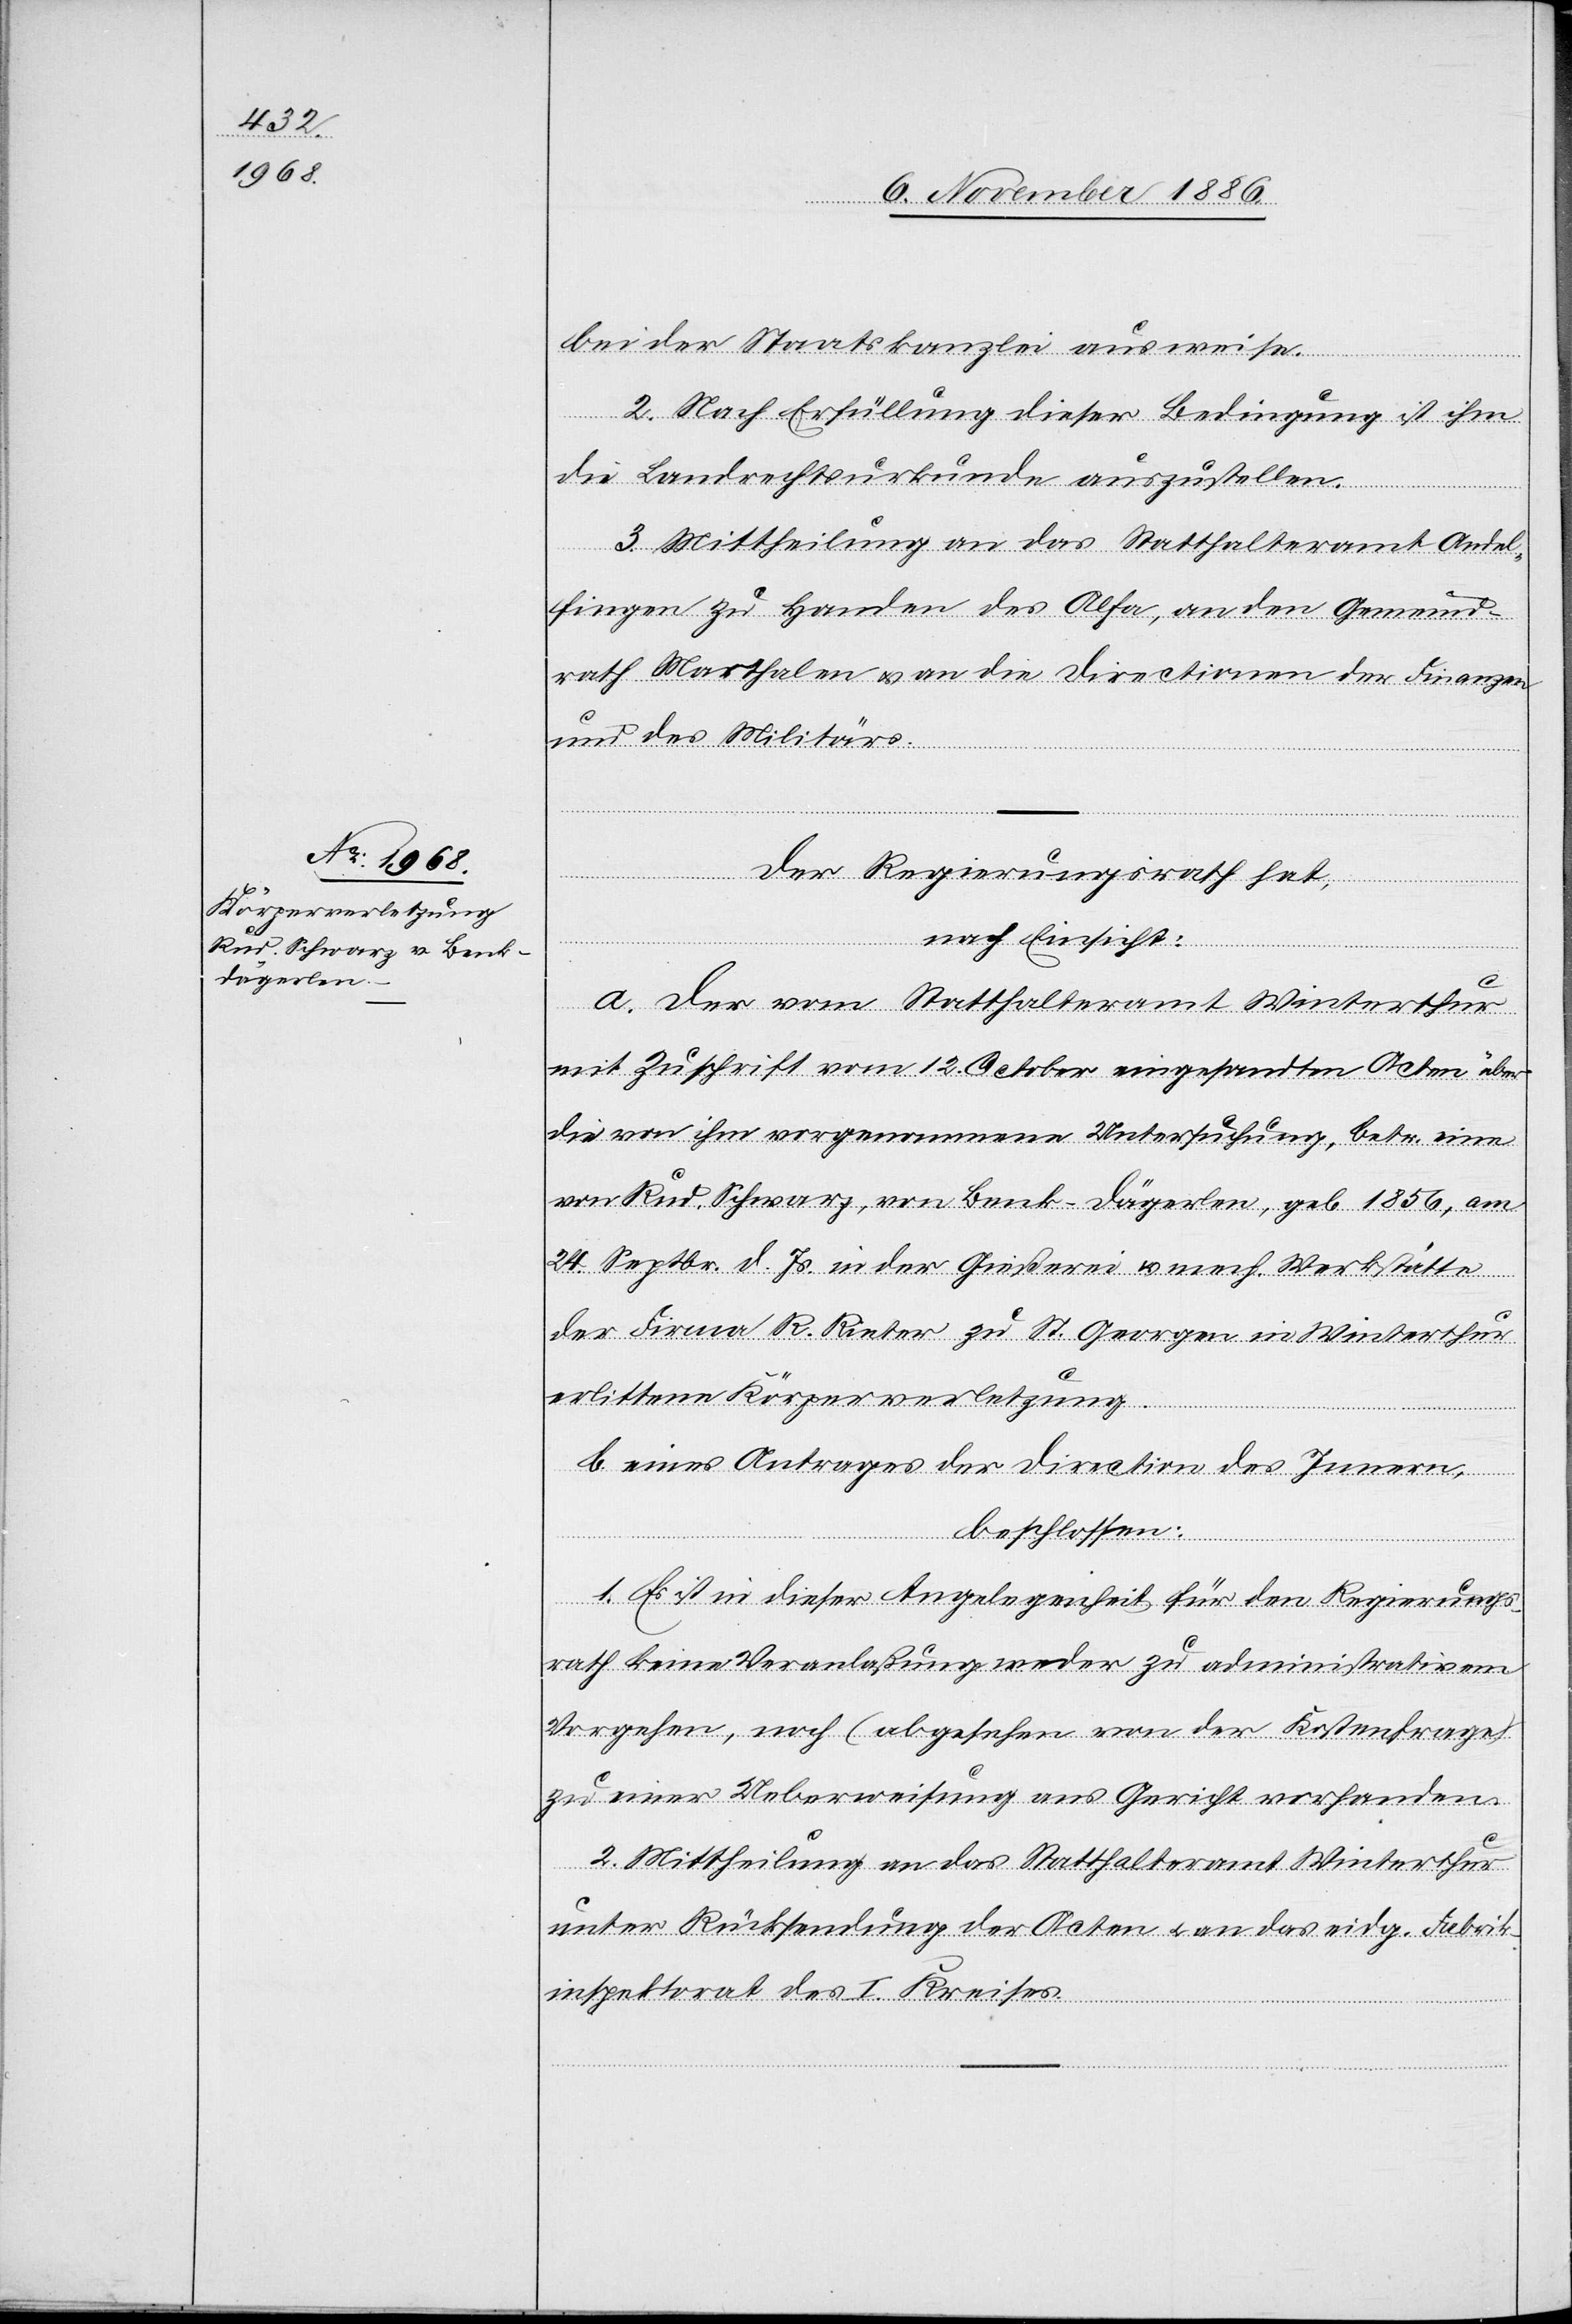
bei der Staatskanzlei ausweise.
2. Nach Erfüllung dieser Bedingung ist ihm
die Landrechtsurkunde auszustellen.
3. Mittheilung an das Statthalteramt Ande¬
lfingen zu Handen des Alfa, an den Gemeind¬
rath Marthalen & an die Directionen der Finanzen
und des Militärs.
Der Regierungsrath hat,
nach Einsicht:
a. der vom Statthalteramt Winterthur
mit Zuschrift vom 12. October eingesandten Acten über
die von ihm vorgenommene Untersuchung, betr. eine
von Rud. Schwarz, von Benk - Dägerlen, geb. 1856, am
24. Septbr. d. Js. in der Gießerei & mech. Werkstätte
der Firma R. Rieter zu St. Georgen in Winterthur
erlittene Körperverletzung.
b. eines Antrages der Direction des Innern,
beschlossen:
1. Es ist in dieser Angelegenheit für den Regierungs¬
rath keine Veranlaßung weder zu administrativem
Vorgehen, noch (abgesehen von der Kostenfrage)
zu einer Ueberweisung ans Gericht vorhanden.
2. Mittheilung an das Statthalteramt Winterthur
unter Rücksendung der Acten & an das eidg. Fabrik¬
inspektorat des I. Kreises.